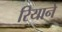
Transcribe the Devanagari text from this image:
रियाने